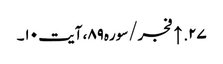
۲۷. ↑ فجر/سوره۸۹، آیت ۱۰۔